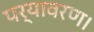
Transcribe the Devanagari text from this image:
पर्यावरण।